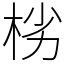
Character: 㭞